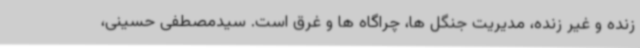
زنده و غیر زنده، مدیریت جنگل ها، چراگاه ها و غرق است. سیدمصطفی حسینی،